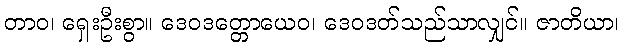
တာဝ၊ ရှေးဦးစွာ။ ဒေဝဒတ္တောယေဝ၊ ဒေဝဒတ်သည်သာလျှင်။ ဇာတိယာ၊